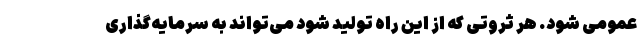
عمومی شود. هر ثروتی که از این راه تولید شود می‌تواند به سرمایه‌گذاری